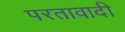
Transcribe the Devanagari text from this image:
परतावादी